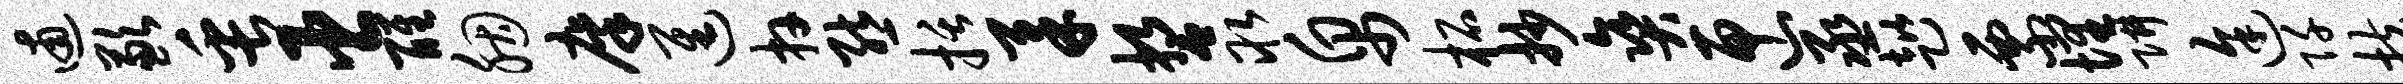
逋歉缶臣醒胭廪进卉熊括柔誓取帛柘抄爽匣丞趑票埋阱途阡扶